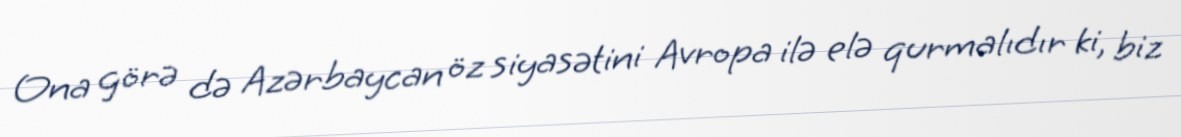
Ona görə də Azərbaycan öz siyasətini Avropa ilə elə qurmalıdır ki, biz